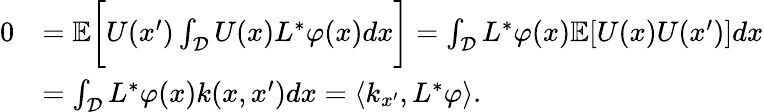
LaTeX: \begin{array}{rl}{0}&{=\mathbb{E}\bigg[U(x^{\prime})\int_{\mathcal{D}}U(x)L^{*}\varphi(x)dx\bigg]=\int_{\mathcal{D}}L^{*}\varphi(x)\mathbb{E}[U(x)U(x^{\prime})]dx}\\ &{=\int_{\mathcal{D}}L^{*}\varphi(x)k(x,x^{\prime})dx=\langle k_{x^{\prime}},L^{*}\varphi\rangle.}\end{array}